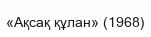
«Ақсақ құлан» (1968)